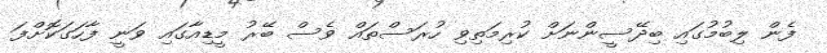
ފެން ލިބުމުގައި ބިދޭސީންނަށް ކުރިމަތިވި ހުރަސްތައް ވެސް ބޭރު މީޑިއާގައި ވަނީ ފާހަގަކޮށްފަ